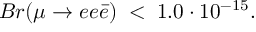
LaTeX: B r ( \mu \rightarrow e e \bar { e } ) \; < \; 1 . 0 \cdot 1 0 ^ { - 1 5 } .